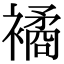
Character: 𧝃